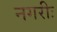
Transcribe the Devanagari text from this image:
नगरीः